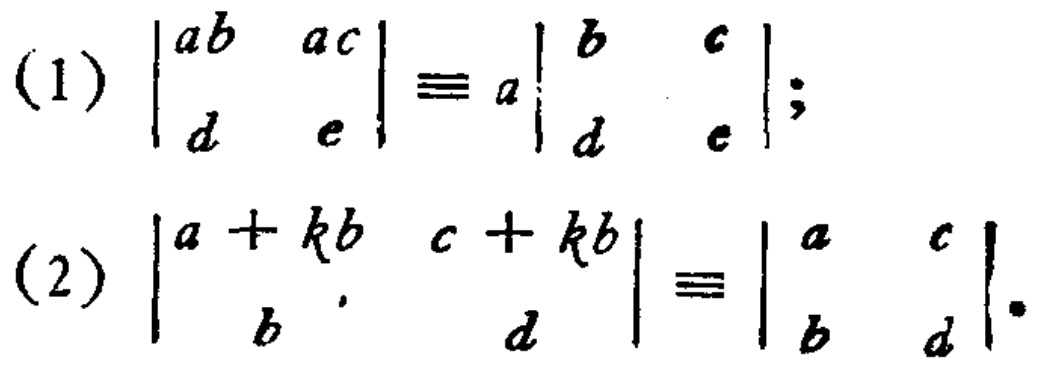
(1) \(\begin{vmatrix}
ab & ac\\
d & e
\end{vmatrix}\equiv a\begin{vmatrix}
b & c\\
d & e
\end{vmatrix}\);
(2) \(\begin{vmatrix}
a + kb & c + kb\\
b & d
\end{vmatrix}\equiv\begin{vmatrix}
a & c\\
b & d
\end{vmatrix}\).